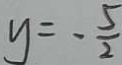
y = - \frac { 5 } { 2 }